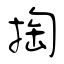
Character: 掏